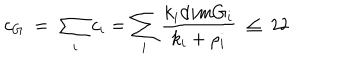
c _ { G } \ = \ \sum _ { i } c _ { i } = \sum _ { i } { \frac { k _ { i } d i m G _ { i } } { k _ { i } + \rho _ { i } } } \ \leq \ 2 2